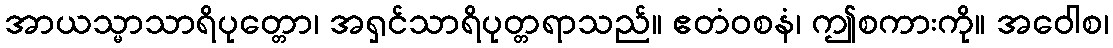
အာယသ္မာသာရိပုတ္တော၊ အရှင်သာရိပုတ္တရာသည်။ ဧတံဝစနံ၊ ဤစကားကို။ အဝေါစ၊